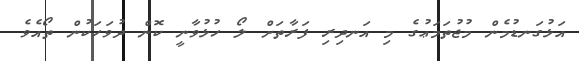
އަޅުގަނޑުމެން މުޖުތަމަޢުގެ މި އަނދިރި ފަރާތަށް ލޯ ހުޅުވާނީ ކޮން ދުވަހަކުން ތޯއެވެ